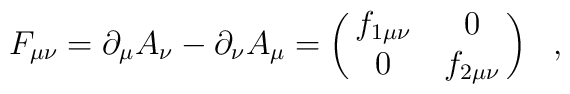
F_{\mu \nu }= \partial_\mu A_\nu - \partial_\nu A_\mu = \pmatrix{ f_{1\mu\nu} &0 \cr0 & f_{2\mu\nu} \cr} ~~,